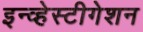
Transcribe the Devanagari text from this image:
इन्व्हेस्टीगेशन